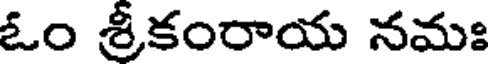
ఓం శ్రీకంరాయ నమః